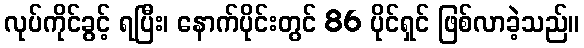
လုပ်ကိုင်ခွင့် ရပြီး၊ နောက်ပိုင်းတွင် 86 ပိုင်ရှင် ဖြစ်လာခဲ့သည်။